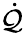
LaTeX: \dot{\mathcal{Q}}